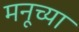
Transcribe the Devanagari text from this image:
मनूच्या